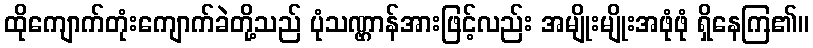
ထိုကျောက်တုံးကျောက်ခဲတို့သည် ပုံသဏ္ဌာန်အားဖြင့်လည်း အမျိုးမျိုးအဖုံဖုံ ရှိနေကြ၏။